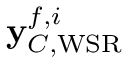
{ \mathbf { y } } _ { C , \mathrm { W S R } } ^ { f , i }